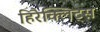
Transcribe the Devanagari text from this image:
हिरैक्लिट्स